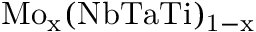
\mathrm { M o } _ { \mathrm { x } } ( \mathrm { N b T a T i } ) _ { \mathrm { 1 - x } }